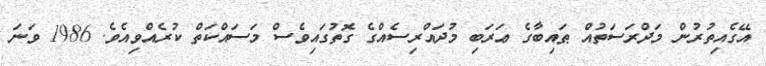
އޭގެއިތުރުން މަދްރަސަތުއް ޠައިބާގެ ޢަރަބި މުދައްރިސެއްގެ ގޮތުގައިވެސް މަސައްކަތް ކުރެއްވިއެވެ. 1986 ވަނަ